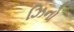
ઝિનો